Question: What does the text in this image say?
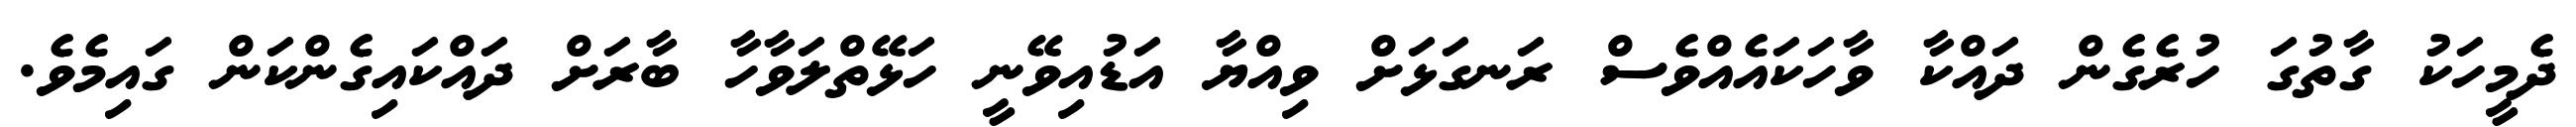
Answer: ދެމީހަކު ގާތުގަ ހުރެގެން ދައްކާ ވާހަކައެއްވެސް ރަނގަޅަށް ވިއްޔާ އަޑުއިވޭނީ ހަޅޭތްލަވާހާ ބާރަށް ދައްކައިގެންކަން ގައިމެވެ.